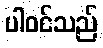
ပါဝင်သည်